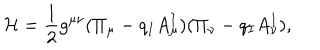
LaTeX: \mathcal { H } = \frac 1 2 g ^ { \mu \nu } ( \Pi _ { \mu } - q _ { I } A _ { \mu } ^ { I } ) ( \Pi _ { \nu } - q _ { I } A _ { \nu } ^ { I } ) ,